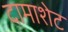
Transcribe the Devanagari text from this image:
दामाशेट